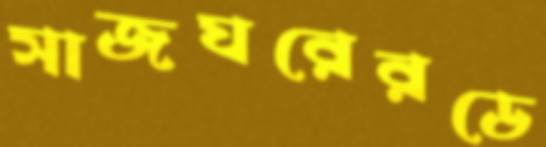
সাজঘরেরডে